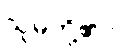
သူမတို့၏။